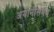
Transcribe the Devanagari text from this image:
अयोनीसंभव